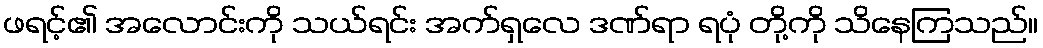
ဖရင့်၏ အလောင်းကို သယ်ရင်း အက်ရှလေ ဒဏ်ရာ ရပုံ တို့ကို သိနေကြသည်။